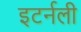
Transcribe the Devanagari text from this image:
इटर्नली